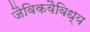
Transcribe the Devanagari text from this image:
जैविकवैविध्य